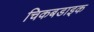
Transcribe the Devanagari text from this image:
चिकबडाइक